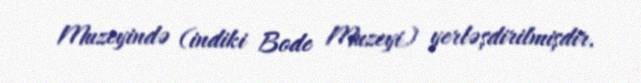
Muzeyində (indiki Bode Muzeyi) yerləşdirilmişdir.